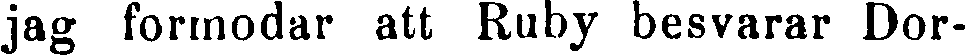
jag förmodar att Ruby besvarar Dor-